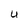
Character: U